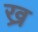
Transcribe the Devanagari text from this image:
ख्र